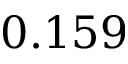
0 . 1 5 9